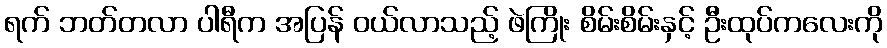
ရက် ဘတ်တလာ ပါရီက အပြန် ဝယ်လာသည့် ဖဲကြိုး စိမ်းစိမ်းနှင့် ဦးထုပ်ကလေးကို